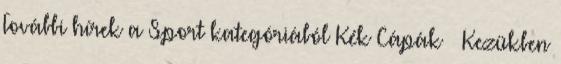
További hírek a Sport kategóriából Kék Cápák – Kezükben